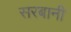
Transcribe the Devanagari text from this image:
सरबानी